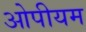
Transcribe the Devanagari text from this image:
ओपीयम